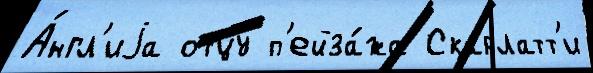
А́нгл'иjа отцу́ п'ейза́жа Скарлатт'и